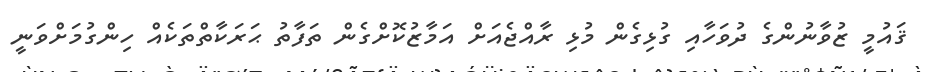
ޤައުމީ ޒުވާނުންގެ ދުވަހާއި ގުޅިގެން މުޅި ރާއްޖެއަށް އަމާޒުކޮށްގެން ތަފާތު ޙަރަކާތްތަކެއް ހިންގުމަށްވަނީ